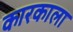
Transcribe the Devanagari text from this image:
कारकाला